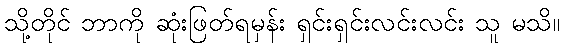
သို့တိုင် ဘာကို ဆုံးဖြတ်ရမှန်း ရှင်းရှင်းလင်းလင်း သူ မသိ။